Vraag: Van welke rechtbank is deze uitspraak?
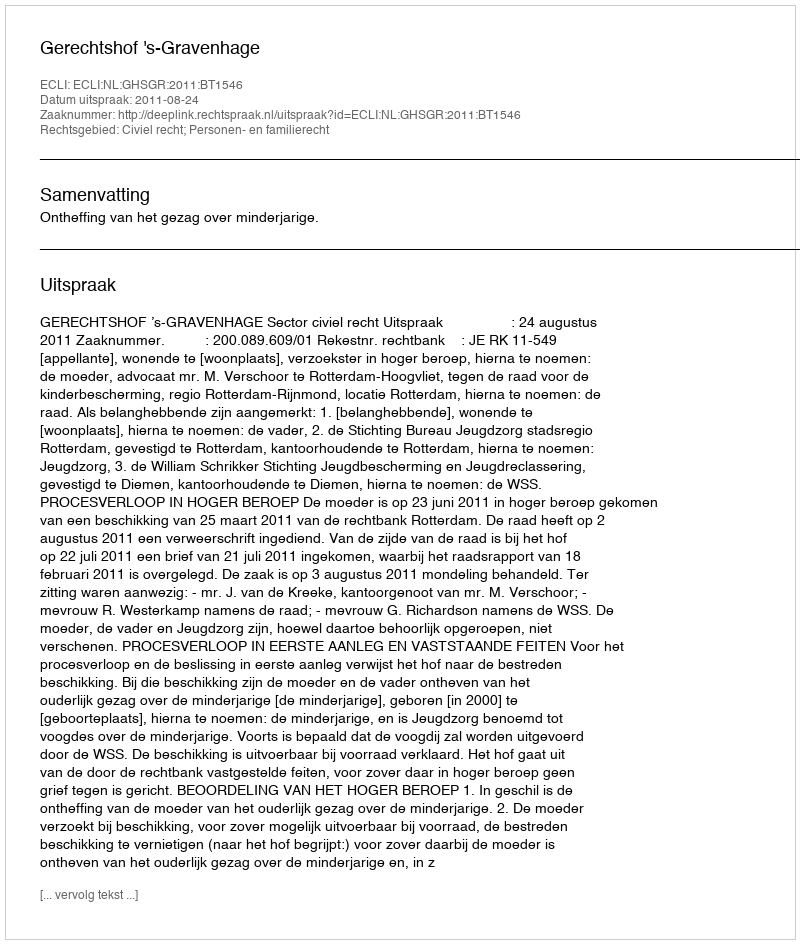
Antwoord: Gerechtshof 's-Gravenhage